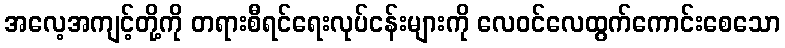
အလေ့အကျင့်တို့ကို တရားစီရင်ရေးလုပ်ငန်းများကို လေဝင်လေထွက်ကောင်းစေသော